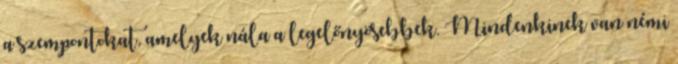
a szempontokat, amelyek nála a legelőnyösebbek. Mindenkinek van némi